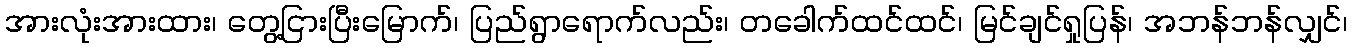
အားလုံးအားထား၊ တွေ့ငြားပြီးမြောက်၊ ပြည်ရွာရောက်လည်း၊ တခေါက်ထင်ထင်၊ မြင်ချင်ရှုပြန်၊ အဘန်ဘန်လျှင်၊